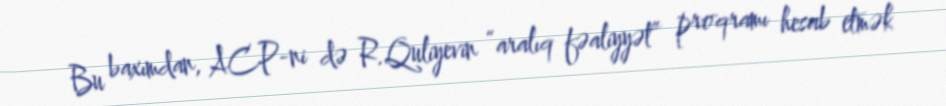
Bu baxımdan, ACP-ni də R.Quliyevin “aralıq fəaliyyət” proqramı hesab etmək